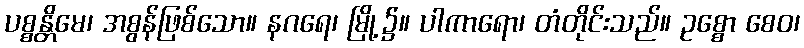
ပစ္စန္တိမေ၊ အစွန်ဖြစ်သော။ နဂရေ၊ မြို့၌။ ပါကာရော၊ တံတိုင်းသည်။ ဥစ္စော စေဝ၊